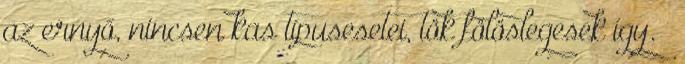
az ernyő, nincsen kas típusesetei, tök fölöslegesek így. –